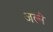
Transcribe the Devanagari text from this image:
जल्ने